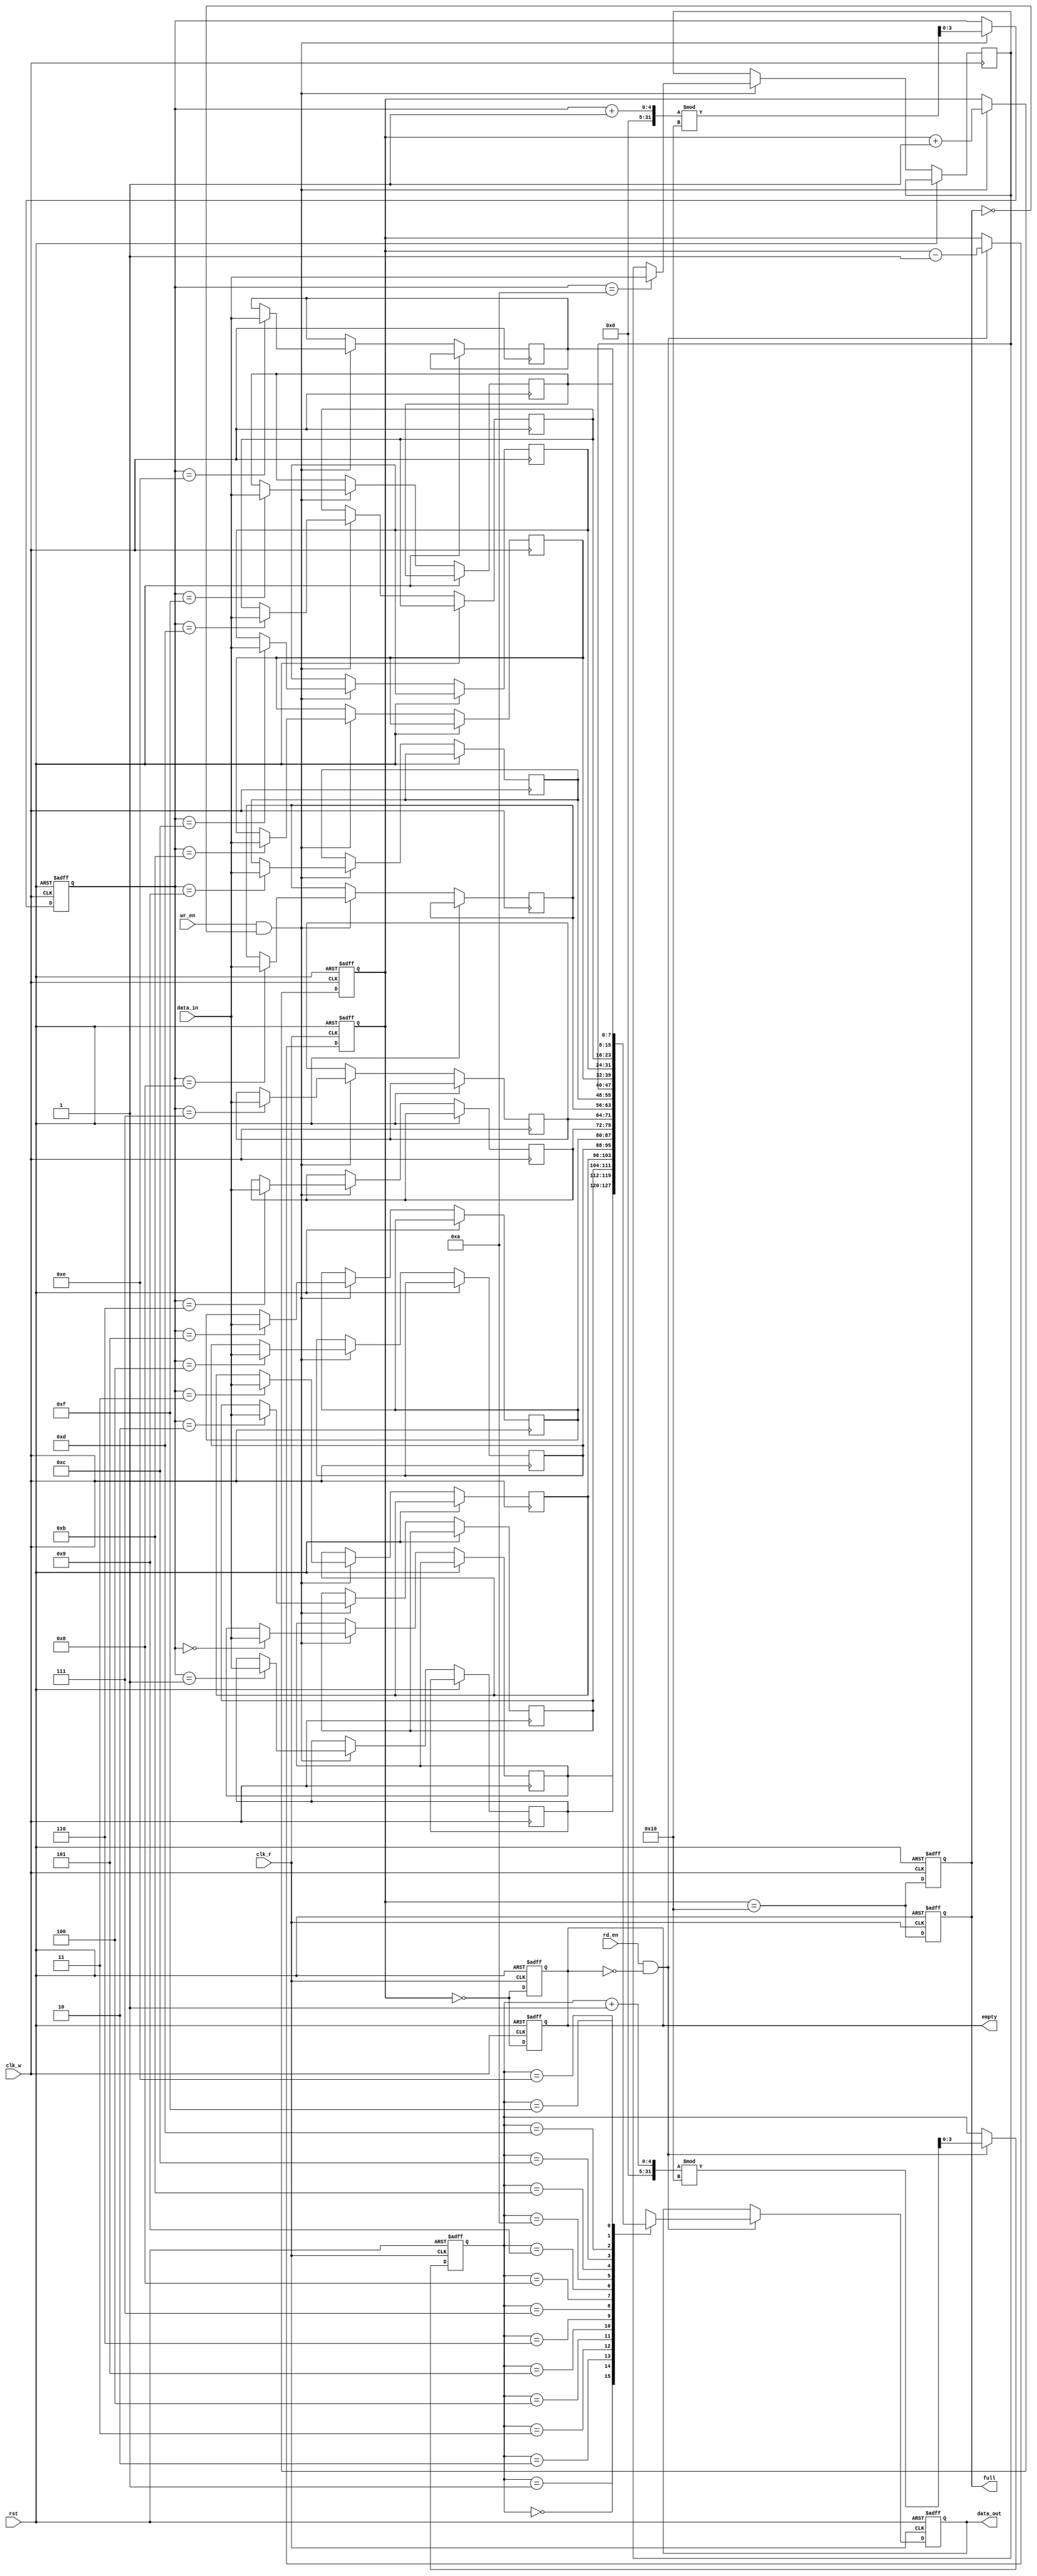
module fifo_sram #(
    parameter DEPTH = 16,      // Number of entries in FIFO
    parameter WIDTH = 8        // Number of bits per entry
) (
    input                       clk_w,         // Write clock
    input                       clk_r,         // Read clock
    input                       rst,           // Reset signal
    input                       wr_en,         // Write enable
    input                       rd_en,         // Read enable
    input  [WIDTH-1:0]         data_in,       // Data input
    output reg [WIDTH-1:0]     data_out,      // Data output
    output reg                 full,           // FIFO full flag
    output reg                 empty           // FIFO empty flag
);

    // Internal storage
    reg [WIDTH-1:0] fifo_mem [0:DEPTH-1];

    // Write and read pointers
    reg [$clog2(DEPTH)-1:0] wr_ptr = 0;
    reg [$clog2(DEPTH)-1:0] rd_ptr = 0;
    reg [$clog2(DEPTH):0] count = 0; // To track the number of valid entries

    // Reset logic
    always @(posedge clk_w or posedge rst) begin
        if (rst) begin
            wr_ptr <= 0;
            count <= 0;
            full <= 0;
            empty <= 1;
        end else begin
            // Write operation
            if (wr_en && !full) begin
                fifo_mem[wr_ptr] <= data_in;
                wr_ptr <= (wr_ptr + 1) % DEPTH;
                count <= count + 1;
            end

            // Update full and empty flags
            full <= (count == DEPTH);
            empty <= (count == 0);
        end
    end

    // Read logic
    always @(posedge clk_r or posedge rst) begin
        if (rst) begin
            rd_ptr <= 0;
            count <= 0;
            full <= 0;
            empty <= 1;
            data_out <= 0;
        end else begin
            // Read operation
            if (rd_en && !empty) begin
                data_out <= fifo_mem[rd_ptr];
                rd_ptr <= (rd_ptr + 1) % DEPTH;
                count <= count - 1;
            end

            // Update full and empty flags
            full <= (count == DEPTH);
            empty <= (count == 0);
        end
    end

endmodule